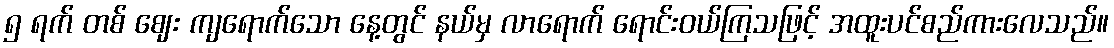
၅ ရက် တစ် ဈေး ကျရောက်သော နေ့တွင် နယ်မှ လာရောက် ရောင်းဝယ်ကြသဖြင့် အထူးပင်စည်ကားလေသည်။